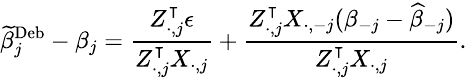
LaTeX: \small\widetilde{\beta}_{j}^{\mathrm{Deb}}-\beta_{j}=\frac{Z_{\cdot,j}^{\intercal}\epsilon}{Z_{\cdot,j}^{\intercal}X_{\cdot,j}}+\frac{Z_{\cdot,j}^{\intercal}X_{\cdot,-j}(\beta_{-j}-\widehat{\beta}_{-j})}{Z_{\cdot,j}^{\intercal}X_{\cdot,j}}.